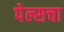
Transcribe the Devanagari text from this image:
पेल्सचा